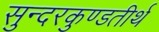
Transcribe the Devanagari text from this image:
सुन्दरकुण्डतीर्थ